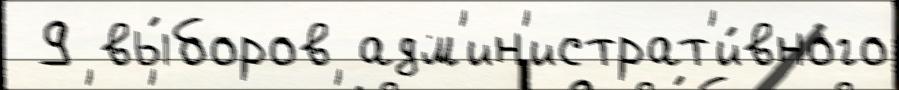
 9 вы́боров адм'ин'истрат'и́вного